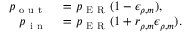
\begin{array} { r l } { p _ { \mathrm { ~ o ~ u ~ t ~ } } } & { { } = p _ { \mathrm { ~ E ~ R ~ } } ( 1 - \epsilon _ { \rho , m } ) , } \\ { p _ { \mathrm { ~ i ~ n ~ } } } & { { } = p _ { \mathrm { ~ E ~ R ~ } } ( 1 + r _ { \rho , m } \epsilon _ { \rho , m } ) . } \end{array}